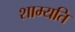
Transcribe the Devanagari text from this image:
शाम्यति